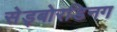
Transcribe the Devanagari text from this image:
सेड्बोरडिनग